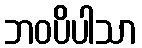
ဘဝပိပါသာ